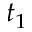
t _ { 1 }